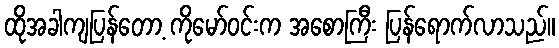
ထိုအခါကျပြန်တော့ ကိုမော်ဝင်းက အစောကြီး ပြန်ရောက်လာသည်။